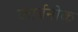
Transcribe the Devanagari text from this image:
कार्बनीक